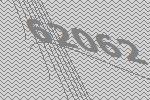
62062